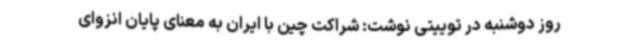
روز دوشنبه در توییتی نوشت: شراکت چین با ایران به معنای پایان انزوای